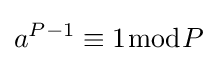
a^{P-1}\equiv 1{\bmod {P}}